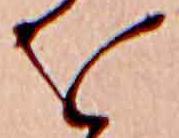
を